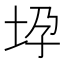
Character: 𫭧